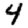
Digit: 4